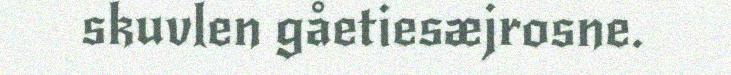
skuvlen gåetiesæjrosne.